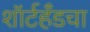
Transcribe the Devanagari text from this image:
शॉर्टहँडचा